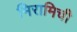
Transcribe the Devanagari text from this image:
मिरामिची